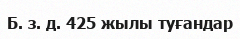
Б. з. д. 425 жылы туғандар